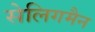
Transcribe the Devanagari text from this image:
सेलिगमैन